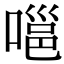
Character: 嗈